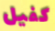
كفيل